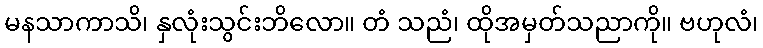
မနသာကာသိ၊ နှလုံးသွင်းဘိလော။ တံ သညံ၊ ထိုအမှတ်သညာကို။ ဗဟုလံ၊